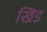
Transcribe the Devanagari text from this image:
खिड